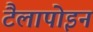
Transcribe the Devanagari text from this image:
टैलापोइन